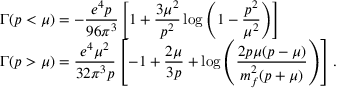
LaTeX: \begin{array} { l } { { \Gamma ( p < \mu ) = \displaystyle - \frac { e ^ { 4 } p } { 9 6 \pi ^ { 3 } } \left[ 1 + { \frac { 3 \mu ^ { 2 } } { p ^ { 2 } } } \log \left( 1 - { \frac { p ^ { 2 } } { \mu ^ { 2 } } } \right) \right] \hfill } } \\ { { \Gamma ( p > \mu ) = \displaystyle \frac { e ^ { 4 } \mu ^ { 2 } } { 3 2 \pi ^ { 3 } p } \left[ - 1 + \frac { 2 \mu } { 3 p } + \log \left( \frac { 2 p \mu ( p - \mu ) } { m _ { f } ^ { 2 } ( p + \mu ) } \right) \right] . \hfill } } \end{array}